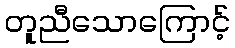
တူညီသောကြောင့်